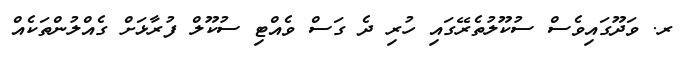
ރ. ވަދޫގައިވެސް ސުކޫލުތެރޭގައި ހުރި ދެ ގަސް ވެއްޓި ސުކޫލް ފުރާޅަށް ގެއްލުންތަކެއް